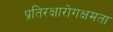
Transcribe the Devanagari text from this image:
प्रतिरक्षारोगक्षमता